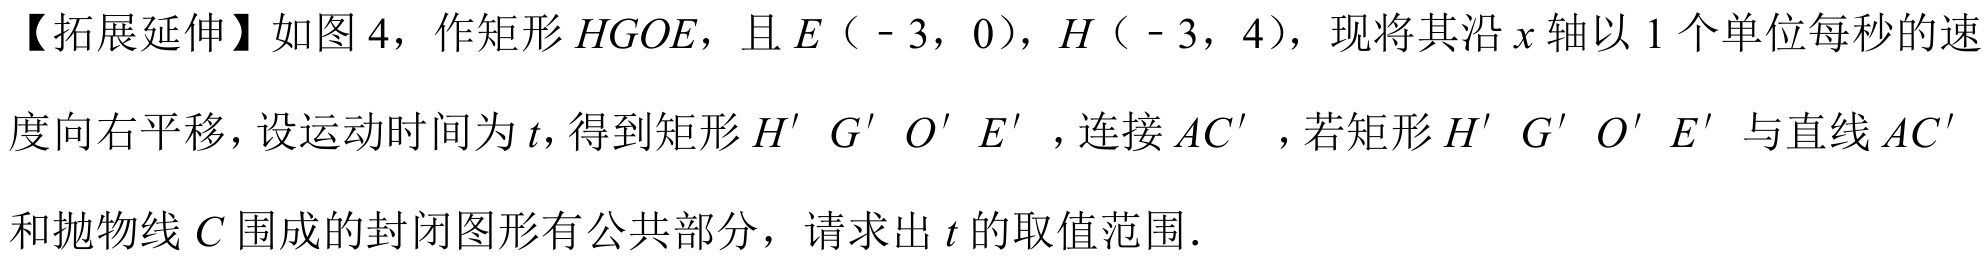
【拓展延伸】如图 4，作矩形\(HG OE\)，且\(E\)（\(-3,0\)），\(H\)（\(-3,4\)），现将其沿\(x\)轴以\(1\)个单位每秒的速度向右平移，设运动时间为\(t\)，得到矩形\(H'G'O'E'\)，连接\(AC'\)，若矩形\(H'G'O'E'\)与直线\(AC'\)和抛物线\(C\)围成的封闭图形有公共部分，请求出\(t\)的取值范围.